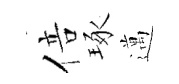
倍琢邁